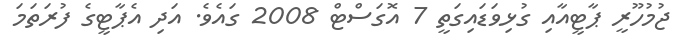
ޖުމުހޫރީ ޕާޓީއާއި ގުޅިވަޑައިގަތީ 7 އޮގަސްޓް 2008 ގައެވެ. އަދި އެޕާޓީގެ ފުރަތަމަ